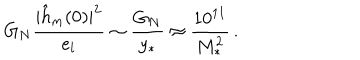
G _ { N } { \frac { | \hat { h } _ { m } ( 0 ) | ^ { 2 } } { e _ { l } } } \sim { \frac { G _ { N } } { y _ { * } } } \approx { \frac { 1 0 ^ { 1 1 } } { M _ { * } ^ { 2 } } } \, .